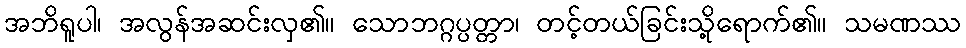
အဘိရူပါ၊ အလွန်အဆင်းလှ၏။ သောဘဂ္ဂပ္ပတ္တာ၊ တင့်တယ်ခြင်းသို့ရောက်၏။ သမဏဿ